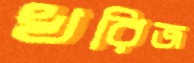
খরিজ